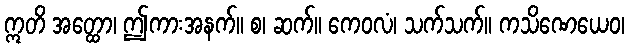
ဣတိ အတ္ထော၊ ဤကားအနက်။ စ၊ ဆက်။ ကေဝလံ၊ သက်သက်။ ကသိဏေယေဝ၊